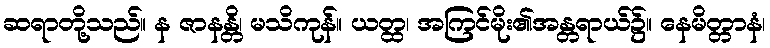
ဆရာတို့သည်။ န ဇာနန္တိ၊ မသိကုန်။ ယတ္ထ၊ အကြင်မိုး၏အန္တရာယ်၌။ နေမိတ္တာနံ၊